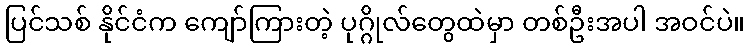
ပြင်သစ် နိုင်ငံက ကျော်ကြားတဲ့ ပုဂ္ဂိုလ်တွေထဲမှာ တစ်ဦးအပါ အဝင်ပဲ။